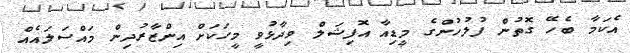
އެކަމާ ބެހޭ ގޮތުން ފުލުހުންގެ މީޑިއާ އޮފިޝަލް ވިދާޅުވީ މީހަކަށް އިންޒާރުދިން މައްސަލައެއް